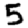
Digit: 5